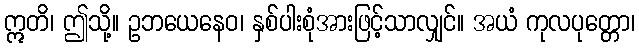
ဣတိ၊ ဤသို့။ ဥဘယေနေဝ၊ နှစ်ပါးစုံအားဖြင့်သာလျှင်။ အယံ ကုလပုတ္တော၊